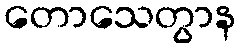
တောသေတွာန